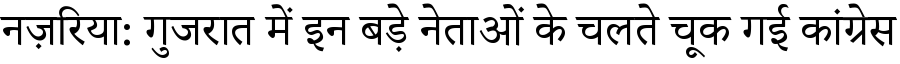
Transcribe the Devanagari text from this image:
नज़रिया: गुजरात में इन बड़े नेताओं के चलते चूक गई कांग्रेस